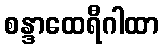
စန္ဒာထေရီဂါထာ